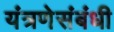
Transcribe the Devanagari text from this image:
यंत्रणेसंबंधी